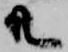
共